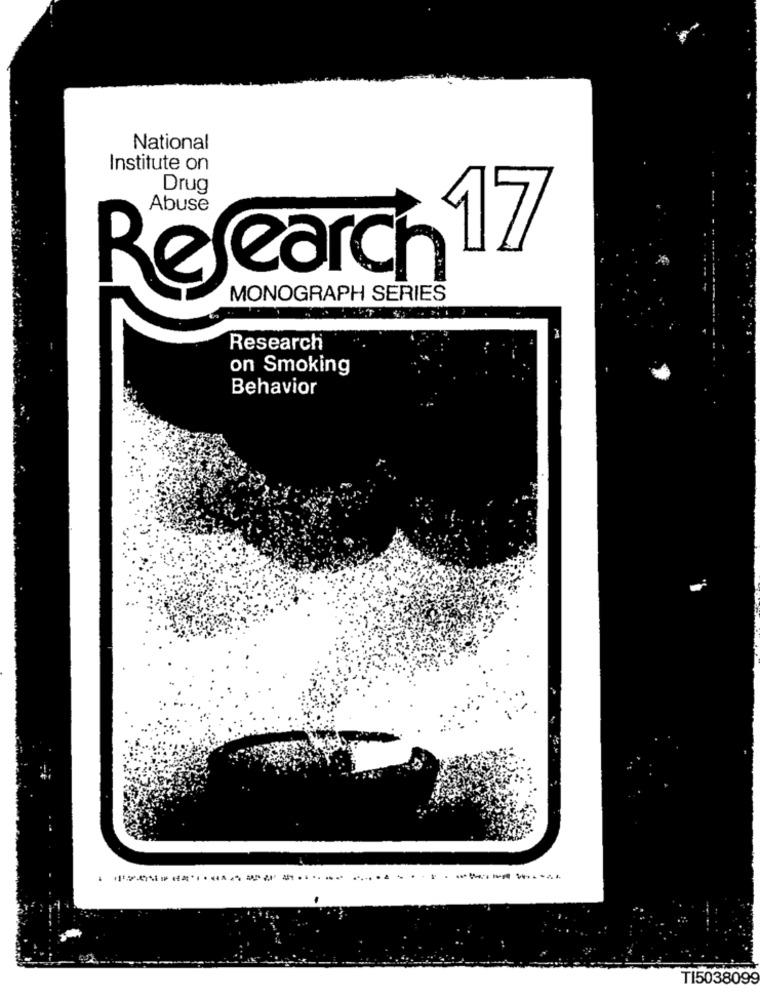
National
Institute on
Drug
Research 17
MONOGRAPH SERIES
Research
on Smoking
Behavior
TI5038099